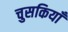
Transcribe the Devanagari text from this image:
चुसकियाँ